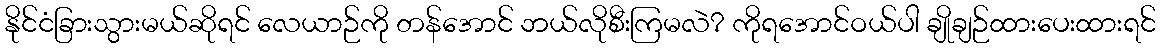
နိုင်ငံခြားသွားမယ်ဆိုရင် လေယာဉ်ကို တန်အောင် ဘယ်လိုစီးကြမလဲ? ကိုရအောင်ဝယ်ပါ ချိုချဉ်ထားပေးထားရင်